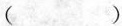
( )